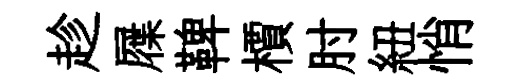
趁屧鞞檟肘紐悄